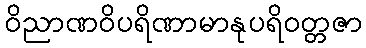
ဝိညာဏဝိပရိဏာမာနုပရိဝတ္တဇာ